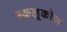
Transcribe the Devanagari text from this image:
ग्कलूकोज